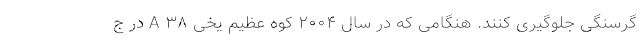
گرسنگی جلوگیری کنند. هنگامی که در سال ۲۰۰۴ کوه عظیم یخی A ۳۸ در ج